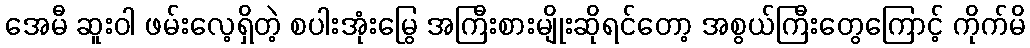
အေမီ ဆူးဝါ ဖမ်းလေ့ရှိတဲ့ စပါးအုံးမြွေ အကြီးစားမျိုးဆိုရင်တော့ အစွယ်ကြီးတွေကြောင့် ကိုက်မိ